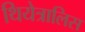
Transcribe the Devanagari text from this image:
थियेत्रालिस